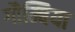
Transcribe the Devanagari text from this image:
गौम्बिया